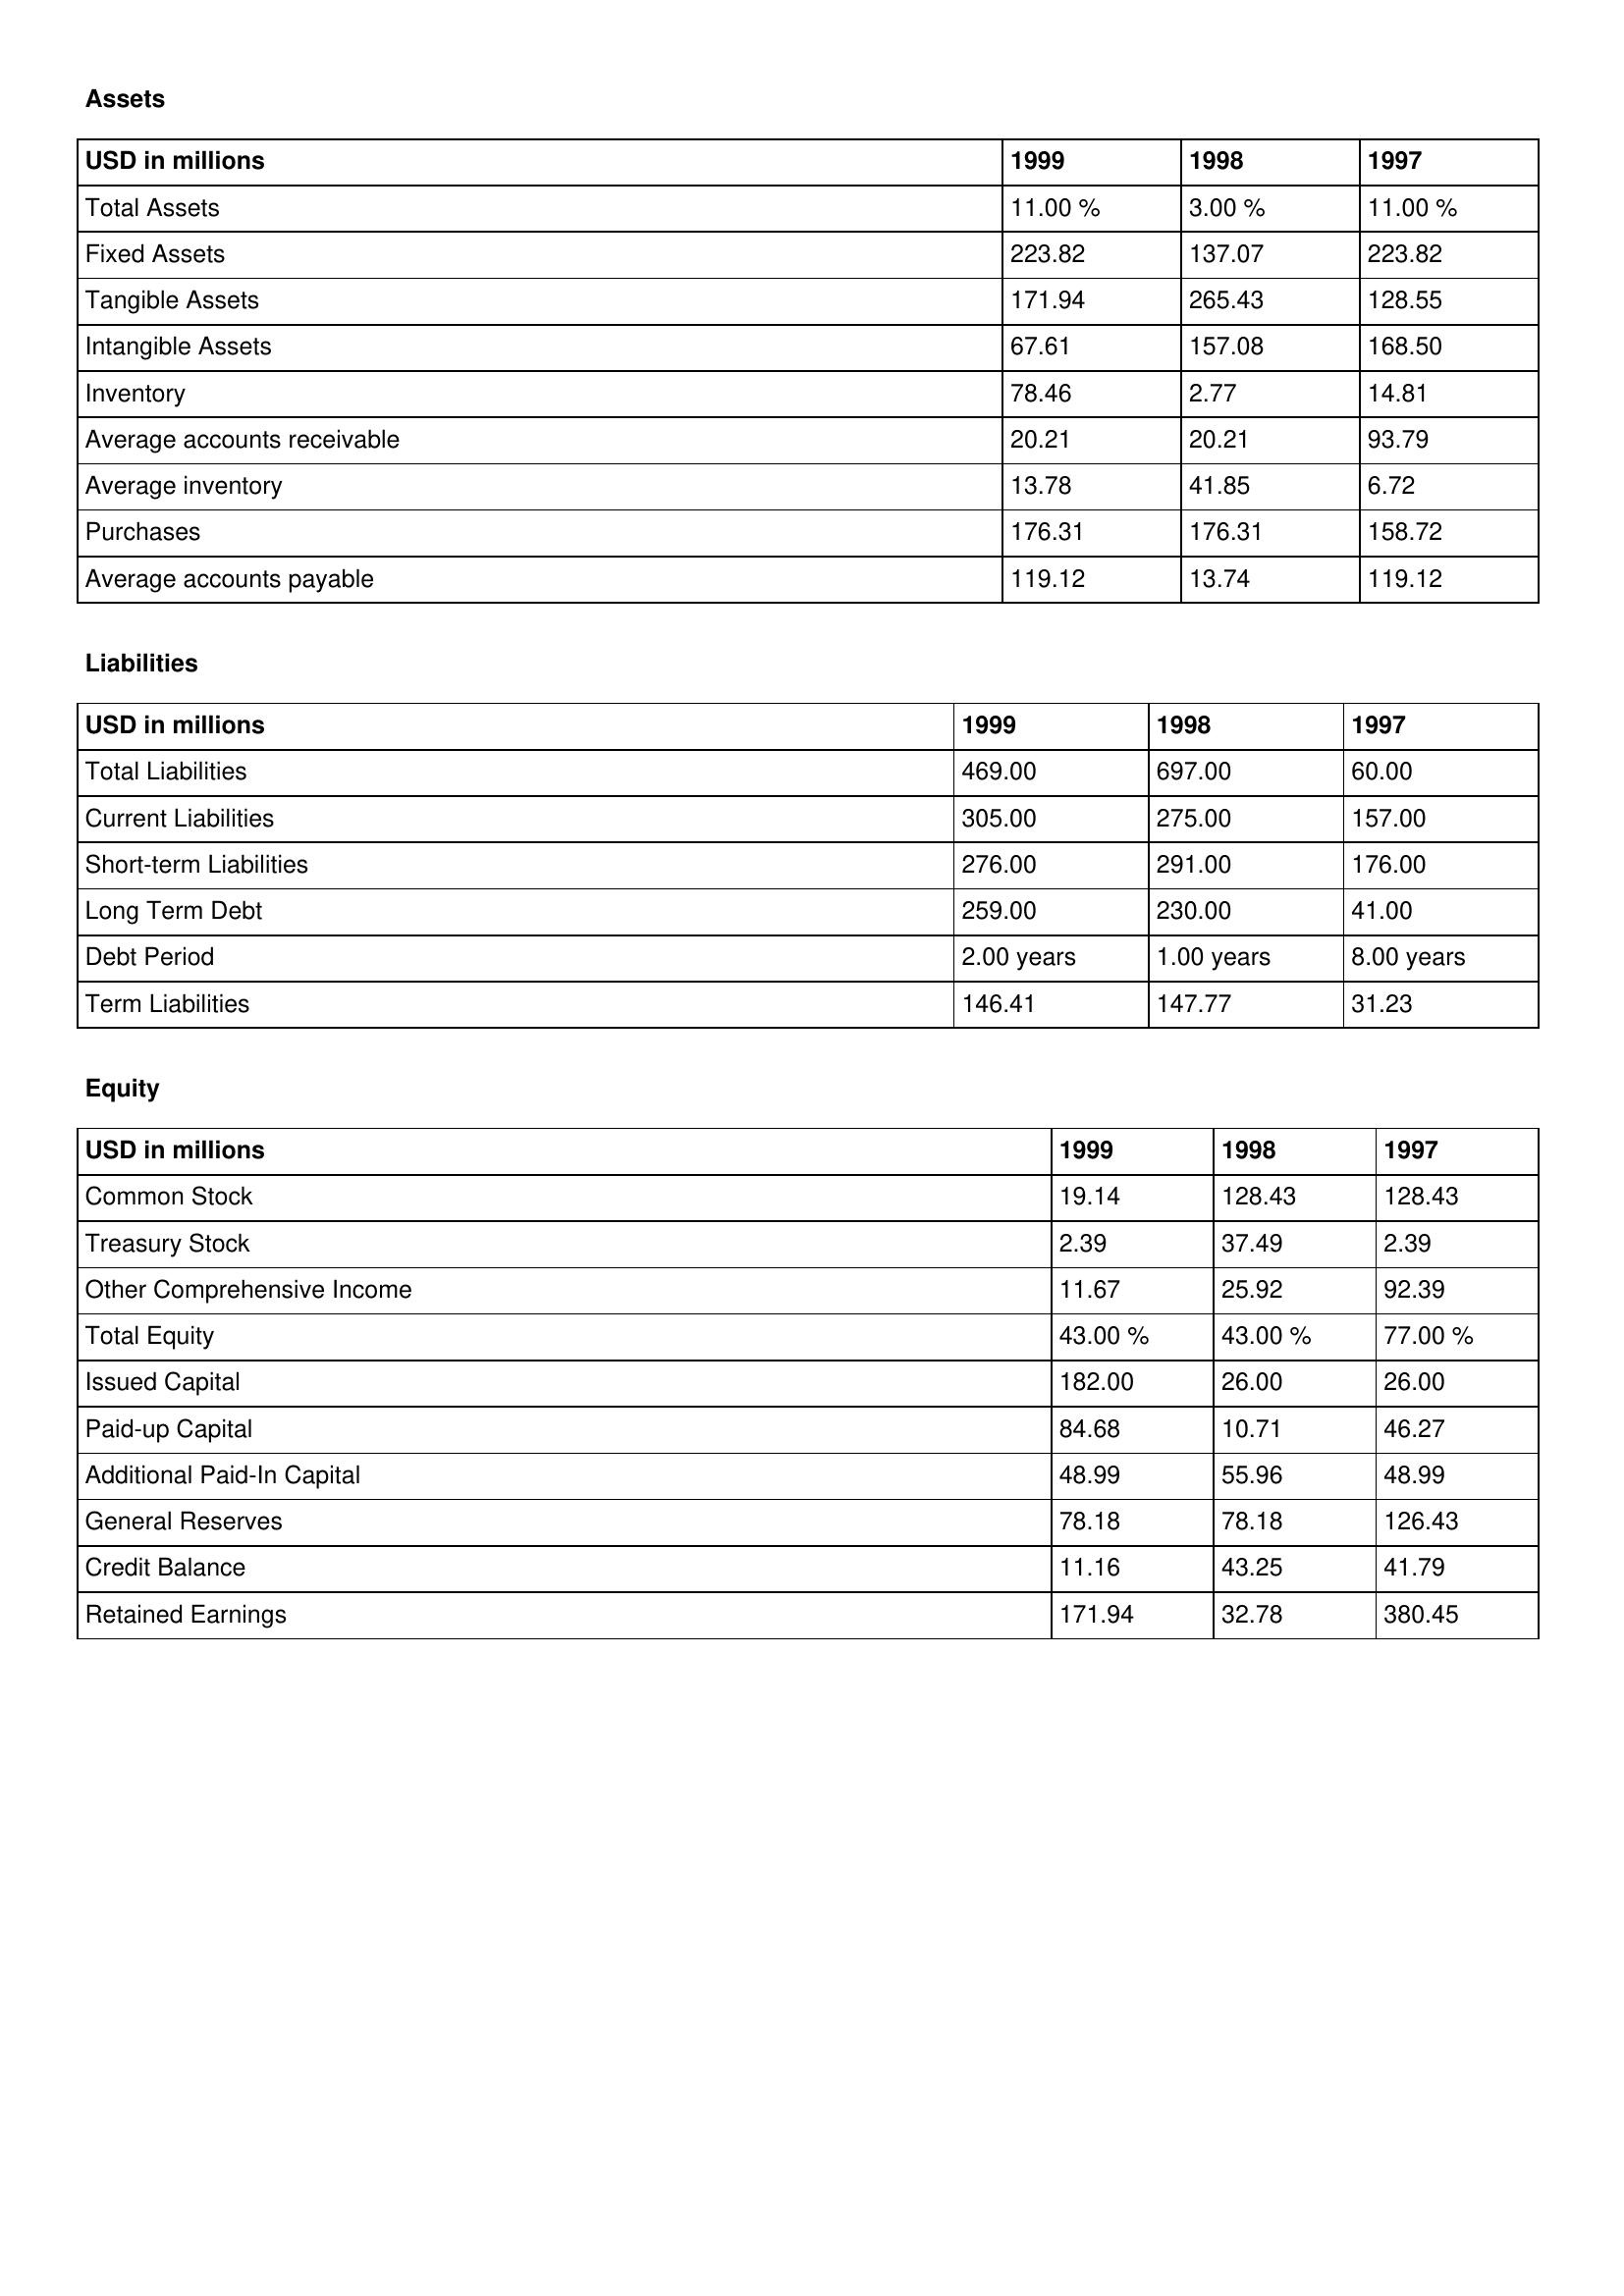
gt_parse: 1999: Assets: Total Assets: 11.00 %
Fixed Assets: 223.82
Tangible Assets: 171.94
Intangible Assets: 67.61
Inventory: 78.46
Average accounts receivable: 20.21
Average inventory: 13.78
Purchases: 176.31
Average accounts payable: 119.12
Liabilities: Total Liabilities: 469.00
Current Liabilities: 305.00
Short-term Liabilities: 276.00
Long Term Debt: 259.00
Debt Period: 2.00 years
Term Liabilities: 146.41
Equity: Common Stock: 19.14
Treasury Stock: 2.39
Other Comprehensive Income: 11.67
Total Equity: 43.00 %
Issued Capital: 182.00
Paid-up Capital: 84.68
Additional Paid-In Capital: 48.99
General Reserves: 78.18
Credit Balance: 11.16
Retained Earnings: 171.94
1998: Assets: Total Assets: 3.00 %
Fixed Assets: 137.07
Tangible Assets: 265.43
Intangible Assets: 157.08
Inventory: 2.77
Average accounts receivable: 20.21
Average inventory: 41.85
Purchases: 176.31
Average accounts payable: 13.74
Liabilities: Total Liabilities: 697.00
Current Liabilities: 275.00
Short-term Liabilities: 291.00
Long Term Debt: 230.00
Debt Period: 1.00 years
Term Liabilities: 147.77
Equity: Common Stock: 128.43
Treasury Stock: 37.49
Other Comprehensive Income: 25.92
Total Equity: 43.00 %
Issued Capital: 26.00
Paid-up Capital: 10.71
Additional Paid-In Capital: 55.96
General Reserves: 78.18
Credit Balance: 43.25
Retained Earnings: 32.78
1997: Assets: Total Assets: 11.00 %
Fixed Assets: 223.82
Tangible Assets: 128.55
Intangible Assets: 168.50
Inventory: 14.81
Average accounts receivable: 93.79
Average inventory: 6.72
Purchases: 158.72
Average accounts payable: 119.12
Liabilities: Total Liabilities: 60.00
Current Liabilities: 157.00
Short-term Liabilities: 176.00
Long Term Debt: 41.00
Debt Period: 8.00 years
Term Liabilities: 31.23
Equity: Common Stock: 128.43
Treasury Stock: 2.39
Other Comprehensive Income: 92.39
Total Equity: 77.00 %
Issued Capital: 26.00
Paid-up Capital: 46.27
Additional Paid-In Capital: 48.99
General Reserves: 126.43
Credit Balance: 41.79
Retained Earnings: 380.45